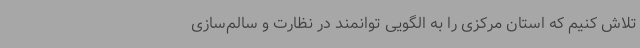
تلاش کنیم که استان مرکزی را به الگویی توانمند در نظارت و سالم‌سازی